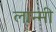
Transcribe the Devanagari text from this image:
लान्मी